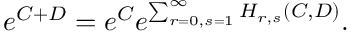
e ^ { C + D } = e ^ { C } e ^ { \sum _ { r = 0 , s = 1 } ^ { \infty } H _ { r , s } ( C , D ) } .